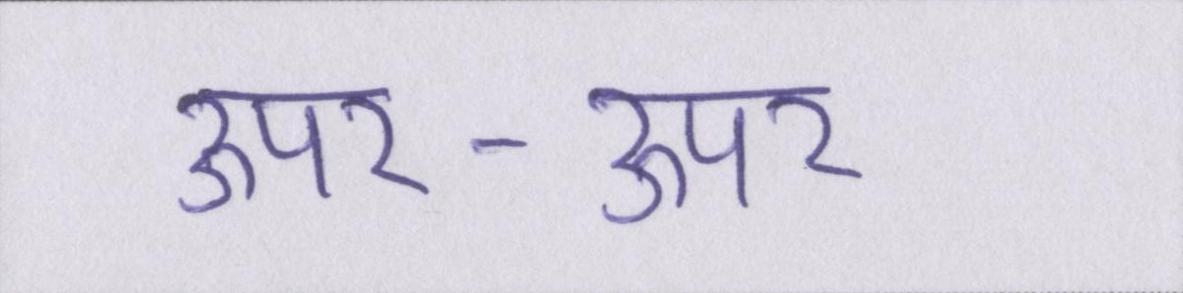
ऊपर-ऊपर